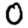
Digit: 0